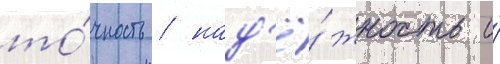
то́чность / над'ё́жность и́